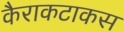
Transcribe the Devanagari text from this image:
कैराकटाकस